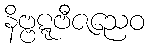
နိဗ္ဗဋ္ဋဗီဇညေဝ